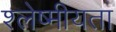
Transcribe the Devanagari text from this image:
श्लेष्मीयता